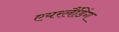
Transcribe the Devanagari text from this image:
एयरलैंडिंग